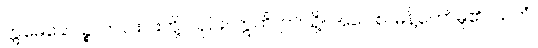
ဣမေခေါပဉ္စ၊ ဤငါးပါးတို့တည်း။ ဣတိ၊ ဤသို့။ အဝေါစ၊ မိန့်တော်မူ၏။ သတံ၊